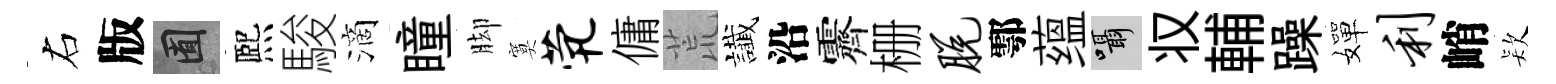
右版囿熈駿滴瞳脚寞茕傭荒䜟沿霽栅脱鄠蕴囁𠬧輔躁嬋利峭𣣇